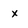
Character: x